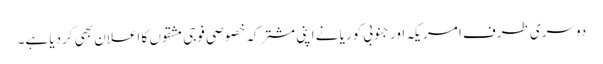
دوسری طرف امریکہ اور جنوبی کوریا نے اپنی مشترکہ خصوصی فوجی مشقوں کا اعلان بھی کردیا ہے۔